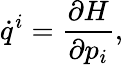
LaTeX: \dot{q}^{i}=\frac{\partial H}{\partial p_{i}},